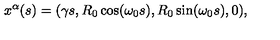
x ^ { \alpha } ( s ) = ( \gamma s , R _ { 0 } \cos ( \omega _ { 0 } s ) , R _ { 0 } \sin ( \omega _ { 0 } s ) , 0 ) ,